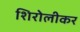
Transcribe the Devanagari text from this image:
शिरोलीकर